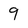
Character: 9